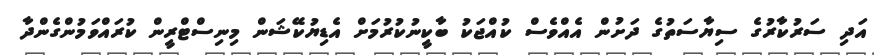
އަދި ސަރުކާރުގެ ސިޔާސަތުގެ ދަށުން އެއްވެސް ކުއްޖަކު ބާކީނުކުރުމަށް އެޑިޔުކޭޝަން މިނިސްޓްރީން ކުރައްވަމުންގެންދާ